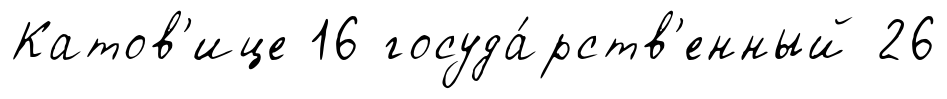
Катов'ице 16 госуда́рств'енный 26